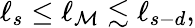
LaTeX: \ell_{s}\le\ell_{\mathcal{M}}\lesssim\ell_{s-d},